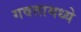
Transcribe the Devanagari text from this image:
गवतामध्ये